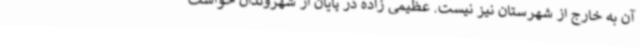
آن به خارج از شهرستان نیز نیست. عظیمی زاده در پایان از شهروندان خواست